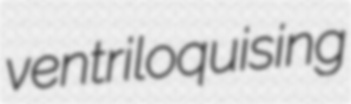
ventriloquising